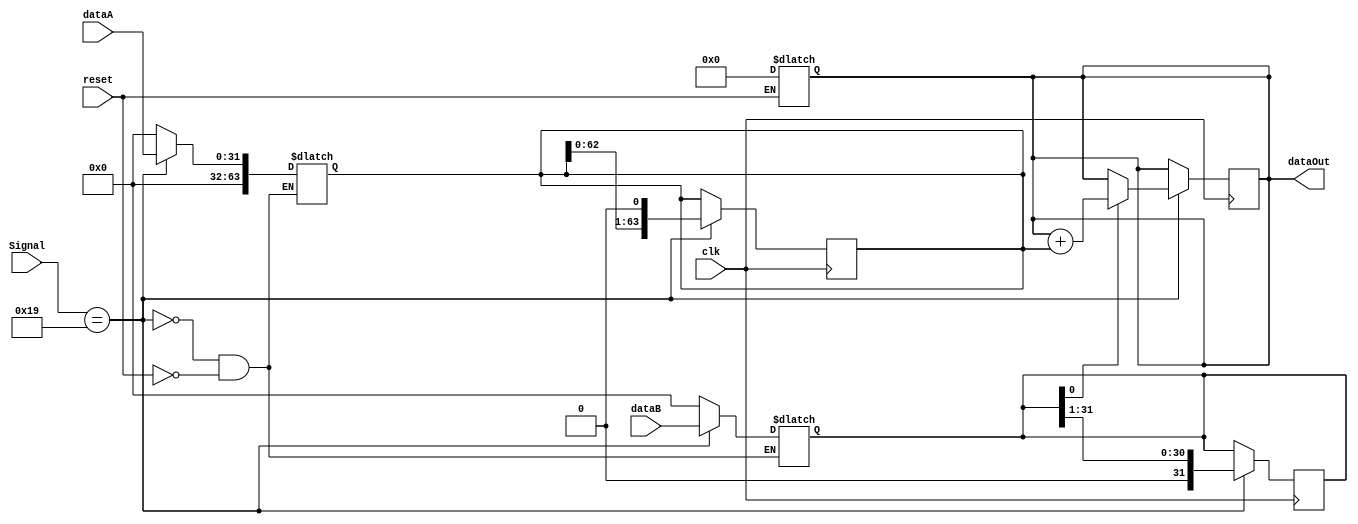
`timescale 1ns/1ns

module Multiplier( clk, dataA, dataB, Signal, dataOut, reset ) ;

parameter MULTU = 6'b011001 ;

input       clk ;
input[31:0] dataA ;
input[31:0] dataB ;
input      reset ;
reg [63:0] tempa ;
reg [31:0] tempb ;
input[5:0] Signal ;
output[63:0] dataOut ; // always block   reg // 
reg [63:0] total ;



always@(Signal or reset) begin
	
	tempa = (reset) ? 64'b0 : tempa ;
	tempb = (reset) ? 32'b0 : tempb ;
	total = (reset) ? 64'b0 : total ;
	
	tempa = (Signal == MULTU) ? {32'b0, dataA} : tempa ;
	tempb = (Signal == MULTU) ? dataB : tempb ;

end 

always@(posedge clk) begin // clock  //
        	   
	if (Signal == MULTU) begin
		if ( tempb[0] ) begin
			total = total + tempa ;
		end
	
		tempa = tempa << 1 ;
		tempb = tempb >> 1 ;
	end
end

assign dataOut = total ;
endmodule